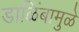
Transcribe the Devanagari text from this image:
डाळिंबामुळे